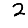
Digit: 2